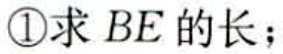
\textcircled{1}求 \(BE\) 的长；